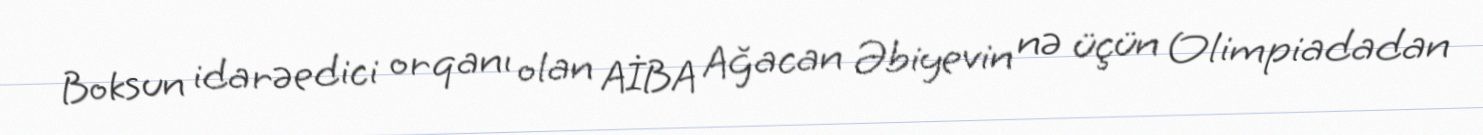
Boksun idarəedici orqanı olan AİBA Ağacan Əbiyevin nə üçün Olimpiadadan